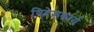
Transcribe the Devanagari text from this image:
विदेशकार्य